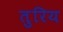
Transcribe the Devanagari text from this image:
तुरिय